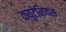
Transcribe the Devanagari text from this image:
क्युटेनियस